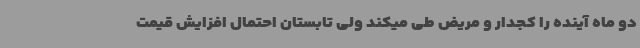
دو ماه آینده را کجدار و مریض طی میکند ولی تابستان احتمال افزایش قیمت